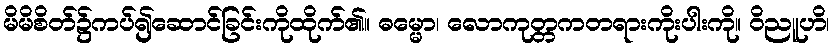
မိမိစိတ်၌ကပ်၍ဆောင်ခြင်းကိုထိုက်၏။ ဓမ္မော၊ လောကုတ္တဂာတရားကိုးပါးကို။ ဝိညူဟိ၊